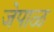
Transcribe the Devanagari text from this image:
जेपाळ